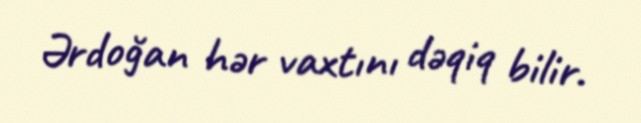
Ərdoğan hər vaxtını dəqiq bilir.